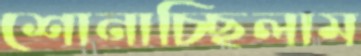
শোনাচ্ছিলাম